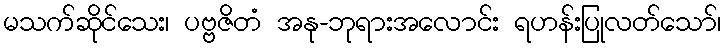
မသက်ဆိုင်သေး၊ ပဗ္ဗဇိတံ အနု-ဘုရားအလောင်း ရဟန်းပြုလတ်သော်၊